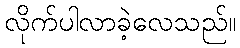
လိုက်ပါလာခဲ့လေသည်။